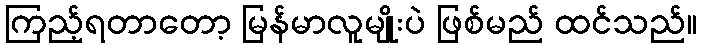
ကြည့်ရတာတော့ မြန်မာလူမျိုးပဲ ဖြစ်မည် ထင်သည်။